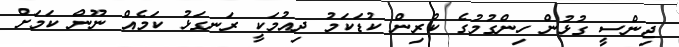
ޖިންސީ ގުޅުން ހިންގުމުގެ ކުރިން ކުޑަކަމު ދިއުމަކީ ރަނގަޅު ކަމެއް ނޫން ކަމަށް